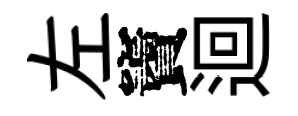
左竇迴